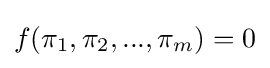
f(\pi _{1},\pi _{2},...,\pi _{m})=0